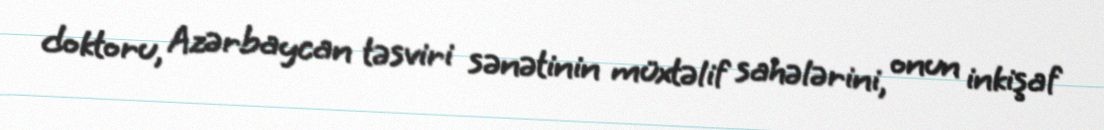
doktoru, Azərbaycan təsviri sənətinin müxtəlif sahələrini, onun inkişaf